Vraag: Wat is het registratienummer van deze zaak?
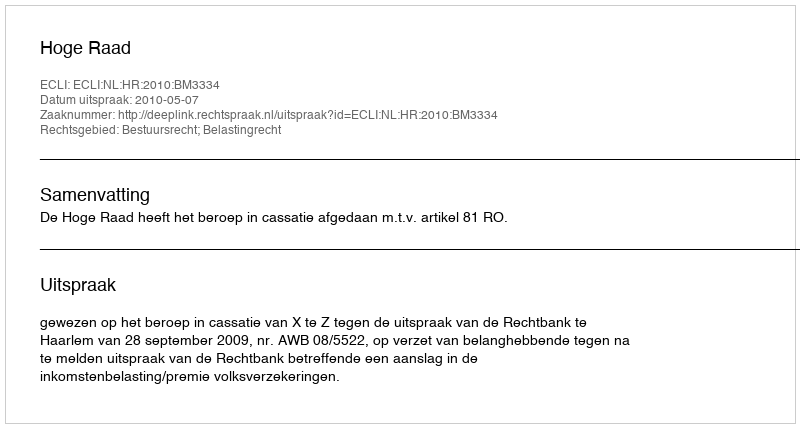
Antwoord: http://deeplink.rechtspraak.nl/uitspraak?id=ECLI:NL:HR:2010:BM3334